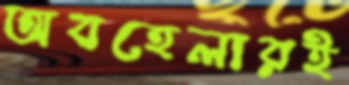
অবহেলারই